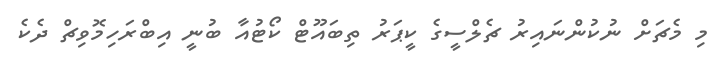
މި މެޗަށް ނުކުންނައިރު ޗެލްސީގެ ކީޕަރު ތިބައޫޓް ކޯޓުއާ ބުނީ އިބްރަހިމޮވިޗް ދެކެ